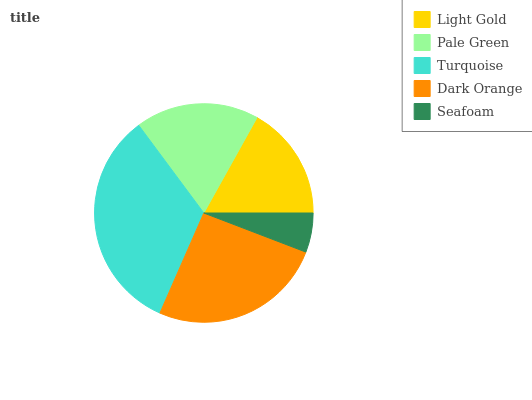
| Light Gold | Pale Green | Turquoise | Dark Orange | Seafoam |
 | --- | --- | --- | --- | --- |
 | 16.9% | 18.3% | 33.2% | 25.8% | 5.82% |